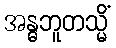
အန္ဓဘူတသ္မိံ